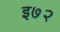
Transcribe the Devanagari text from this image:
इ७२